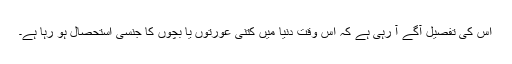
اس کی تفصیل آگے آ رہی ہے کہ اس وقت دنیا میں کتنی عورتوں یا بچوں کا جنسی استحصال ہو رہا ہے۔